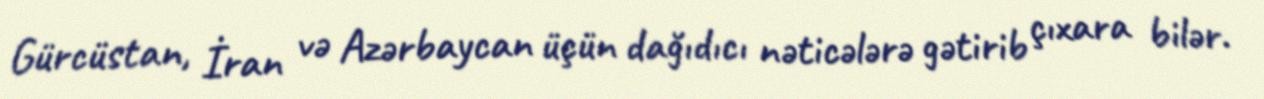
Gürcüstan, İran və Azərbaycan üçün dağıdıcı nəticələrə gətirib çıxara bilər.